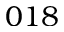
0 1 8